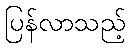
ပြန်လာသည့်